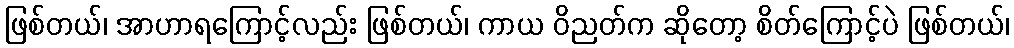
ဖြစ်တယ်၊ အာဟာရကြောင့်လည်း ဖြစ်တယ်၊ ကာယ ဝိညတ်က ဆိုတော့ စိတ်ကြောင့်ပဲ ဖြစ်တယ်၊